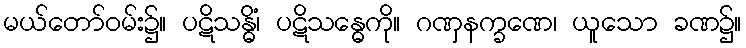
မယ်တော်ဝမ်း၌။ ပဋိသန္ဓိံ၊ ပဋိသန္ဓေကို။ ဂဏှနက္ခဏေ၊ ယူသော ခဏ၌။